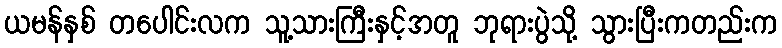
ယမန်နှစ် တပေါင်းလက သူ့သားကြီးနှင့်အတူ ဘုရားပွဲသို့ သွားပြီးကတည်းက